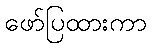
ဖော်ပြထားကာ